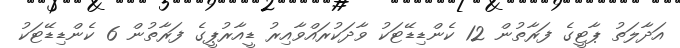
އަދާލަތު ޕާޓީގެ ފަރާތުން 12 ކެންޑިޑޭޓަކު ވާދަކުރައްވާއިރު ޑީއާރުޕީގެ ފަރާތުން 6 ކެންޑިޑޭޓަކު